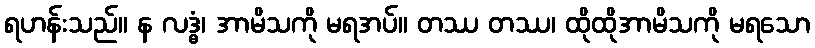
ရဟန်းသည်။ န လဒ္ဓံ၊ အာမိသကို မရအပ်။ တဿ တဿ၊ ထိုထိုအာမိသကို မရသော